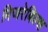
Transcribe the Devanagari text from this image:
मिजरेबिल्स